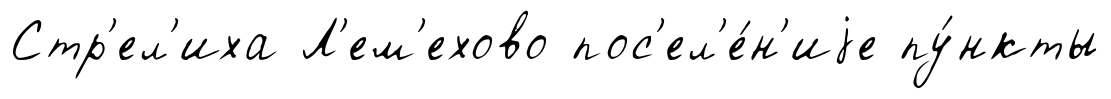
Стр'ел'иха Л'ем'ехово пос'ел'е́н'иjе пу́нкты